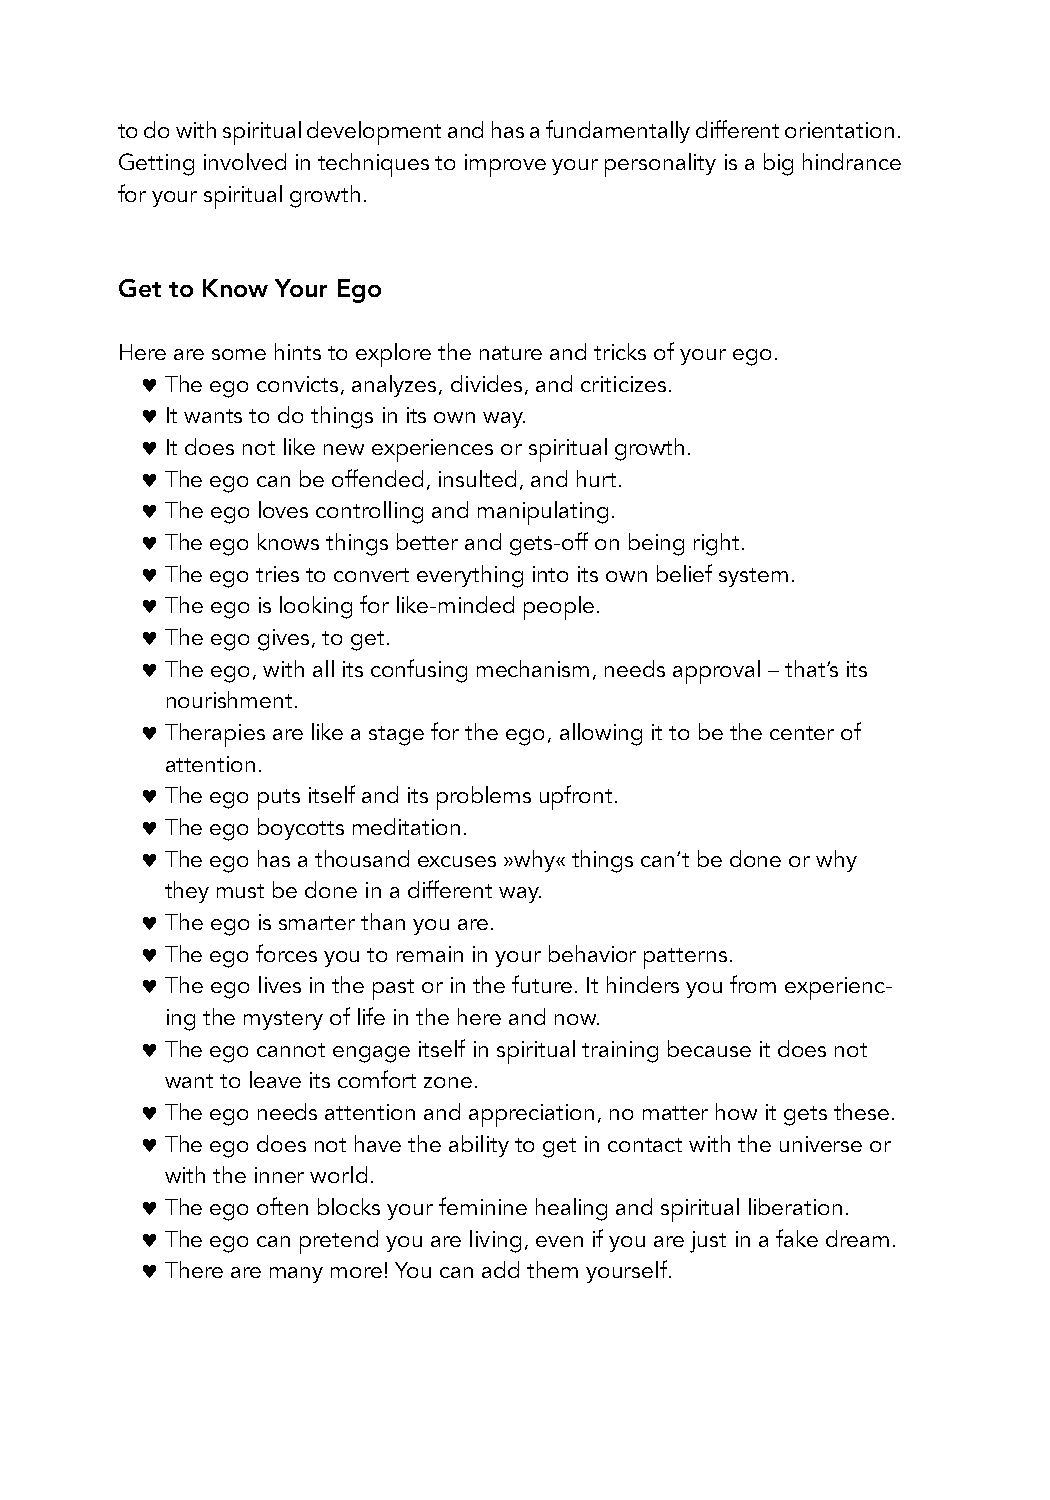
to do with spiritual development and has a fundamentally different orientation.
 Getting involved in techniques to improve your personality is a big hindrance
 for your spiritual growth.
 Get to Know Your Ego
 Here are some hints to explore the nature and tricks of your ego.
 ♥ The ego convicts, analyzes, divides, and criticizes.
 ♥ It wants to do things in its own way.
 ♥ It does not like new experiences or spiritual growth.
 ♥ The ego can be offended, insulted, and hurt.
 ♥ The ego loves controlling and manipulating.
 ♥ The ego knows things better and gets-off on being right.
 ♥ The ego tries to convert everything into its own belief system.
 ♥ The ego is looking for like-minded people.
 ♥ The ego gives, to get.
 ♥ The ego, with all its confusing mechanism, needs approval – that’s its
 nourishment.
 ♥ Therapies are like a stage for the ego, allowing it to be the center of
 attention.
 ♥ The ego puts itself and its problems upfront.
 ♥ The ego boycotts meditation.
 ♥ The ego has a thousand excuses »why« things can’t be done or why
 they must be done in a different way.
 ♥ The ego is smarter than you are.
 ♥ The ego forces you to remain in your behavior patterns.
 ♥ The ego lives in the past or in the future. It hinders you from experienc-
 ing the mystery of life in the here and now.
 ♥ The ego cannot engage itself in spiritual training because it does not
 want to leave its comfort zone.
 ♥ The ego needs attention and appreciation, no matter how it gets these.
 ♥ The ego does not have the ability to get in contact with the universe or
 with the inner world.
 ♥ The ego often blocks your feminine healing and spiritual liberation.
 ♥ The ego can pretend you are living, even if you are just in a fake dream.
 ♥ There are many more! You can add them yourself.